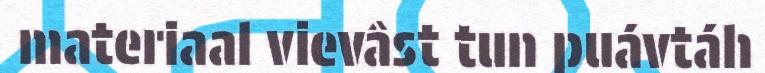
materiaal vievâst tun puávtáh